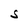
Character: S